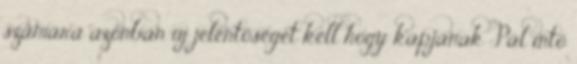
számára azonban új jelentőséget kell hogy kapjanak Pál intő